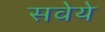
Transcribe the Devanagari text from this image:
सवेये